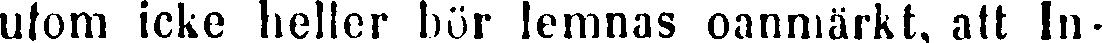
ufom icke heller bör lemnas oanmärkt, att In-